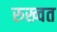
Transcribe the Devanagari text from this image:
रुख्वत